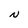
Character: N